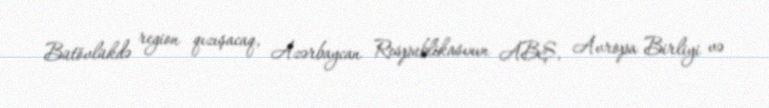
Bütövlükdə region qızışacaq, Azərbaycan Respublikasının ABŞ, Avropa Birliyi və